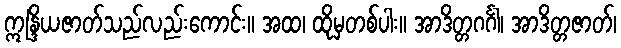
ဣန္ဒြိယဇာတ်သည်လည်းကောင်း။ အထ၊ ထိုမှတစ်ပါး။ အာဒိတ္တဂင်္ဂါ၊ အာဒိတ္တဇာတ်၊